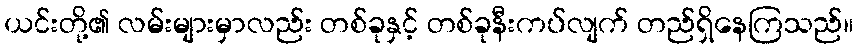
ယင်းတို့၏ လမ်းများမှာလည်း တစ်ခုနှင့် တစ်ခုနီးကပ်လျက် တည်ရှိနေကြသည်။